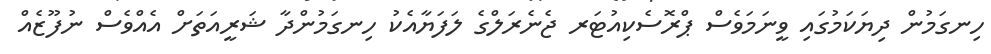
ހިނގަމުން ދިޔަކަމުގައި ވީނަމަވެސް ޕްރޮސެކިއުޓަރ ޖެނެރަލްގެ ލަފަޔާއެކު ހިނގަމުންދާ ޝަރީއަތަށް އެއްވެސް ނުފޫޒެއް